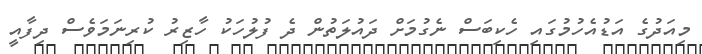
މިއަދުގެ އަޑުއެހުމުގައި ހެކިބަސް ނެގުމަށް ދައުލަތުން ދެ ފުލުހަކު ހާޒިރު ކުރިނަމަވެސް ދިފާއީ